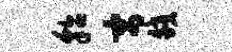
貂寓皎